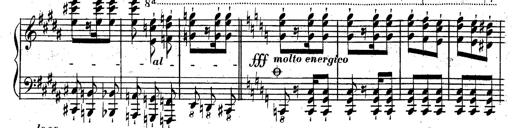
Title: Rondeau fantastique sur un thÃ¨me espagnol
Composer: Franz Liszt